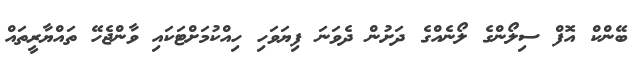
ބޭންކް އޮފް ސިލޯންގެ ލޯނެއްގެ ދަށުން ދެވަނަ ފިޔަވަހި ހިއްކުމަށްޓަކައި ވާންޖެހޭ ތައްޔާރީތައް